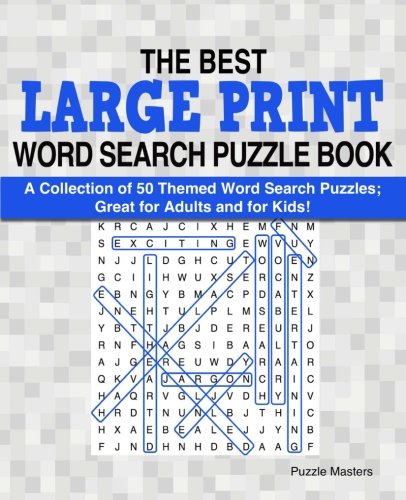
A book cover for The Best Large Print Word Search Puzzle Book: A Collection of 50 Themed Word Search Puzzles; Great for Adults and for Kids! (The Best Large Print Word Search Puzzle Books) (Volume 1); Puzzle Masters; Humor & Entertainment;